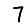
Digit: 7